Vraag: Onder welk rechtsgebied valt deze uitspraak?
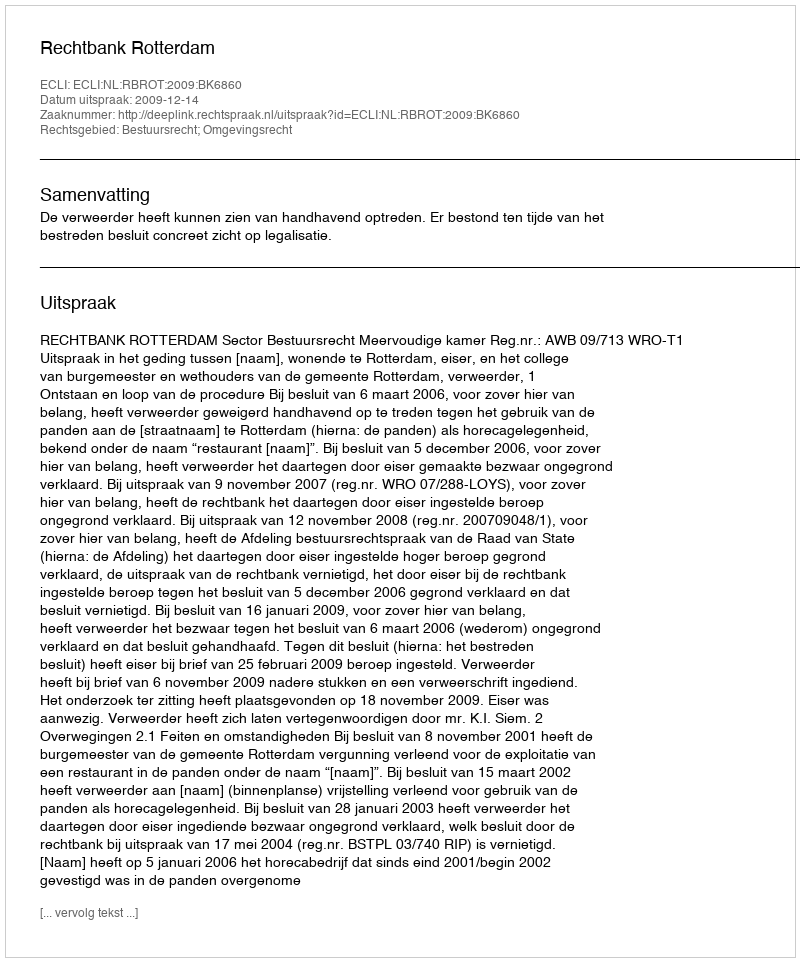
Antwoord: Bestuursrecht; Omgevingsrecht